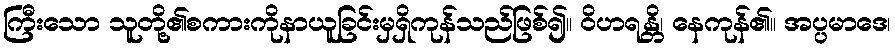
ကြီးသော သူတို့၏စကားကိုနာယူခြင်းမှရှိကုန်သည်ဖြစ်၍။ ဝိဟရန္တိ၊ နေကုန်၏။ အပ္ပမာဒေ၊